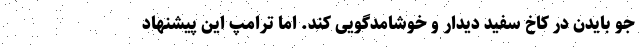
جو بایدن در کاخ سفید دیدار و خوشامد‌گویی کند. اما ترامپ این پیشنهاد